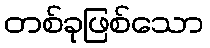
တစ်ခုဖြစ်သော